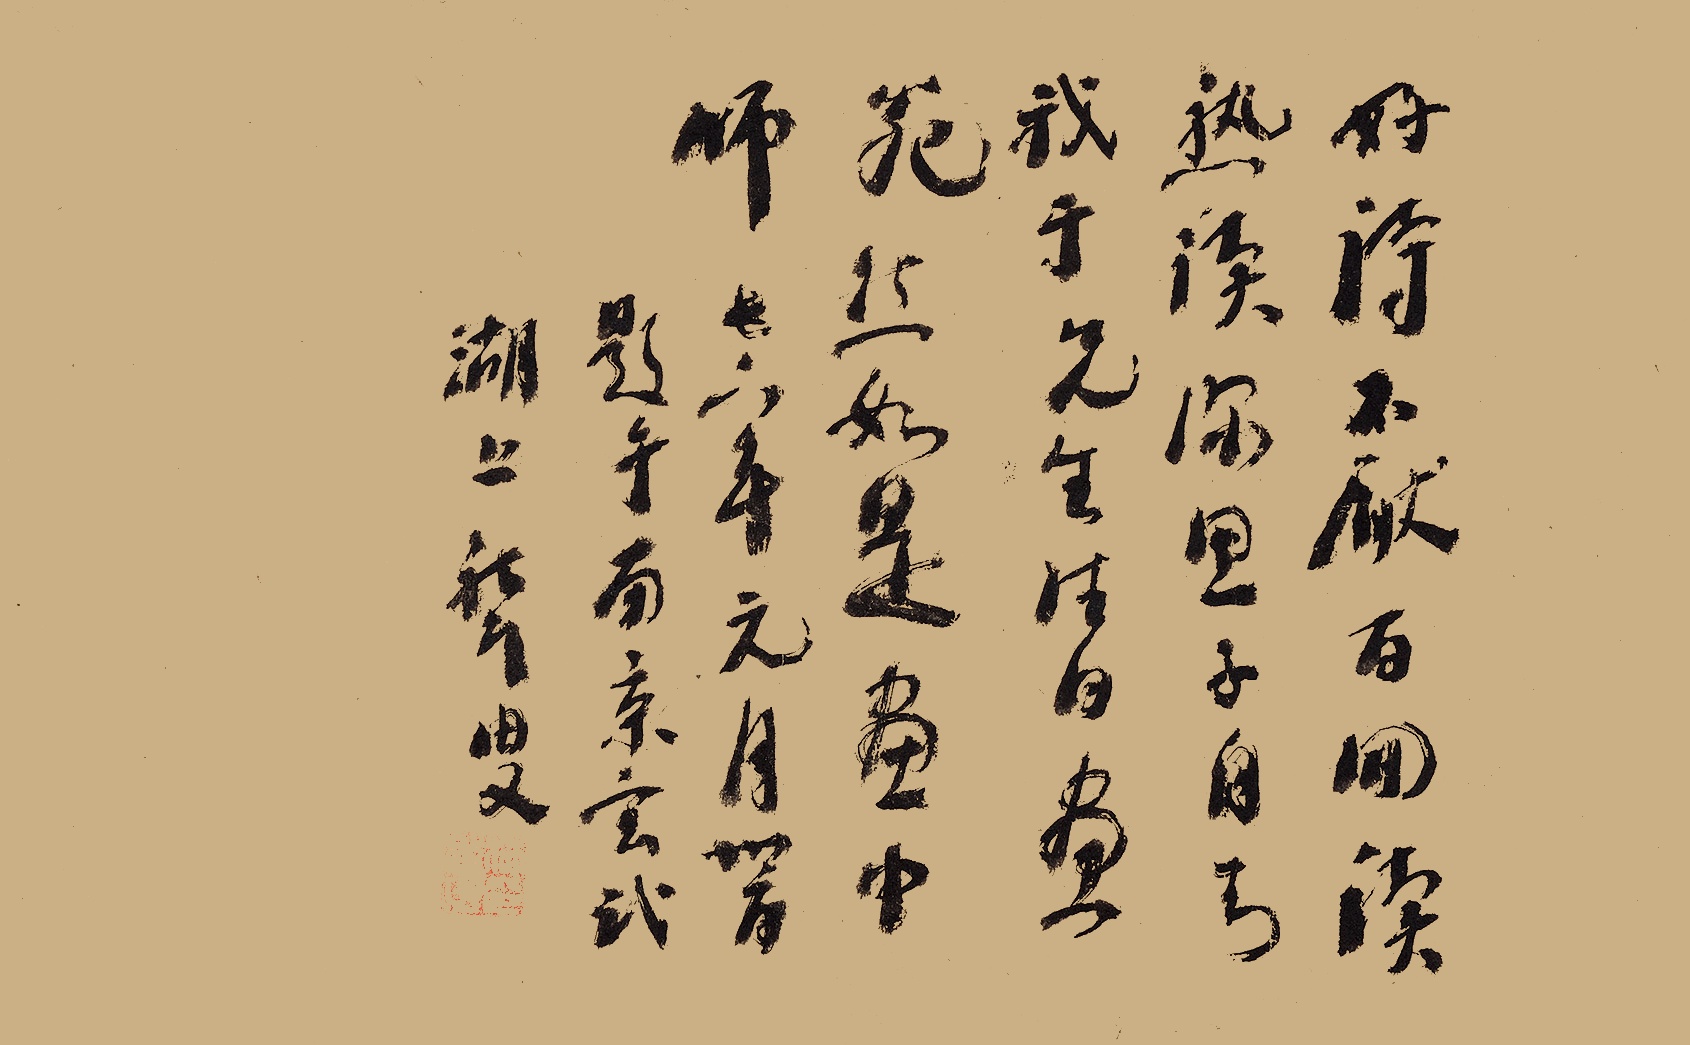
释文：好诗不厌百回读，熟读深思子自知。我于先生佳日画，宛然如是画中师。七六年元月卅一日，题于南京玄武湖上，聋叟。